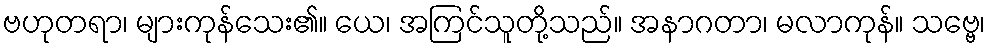
ဗဟုတရာ၊ များကုန်သေး၏။ ယေ၊ အကြင်သူတို့သည်။ အနာဂတာ၊ မလာကုန်။ သဗ္ဗေ၊